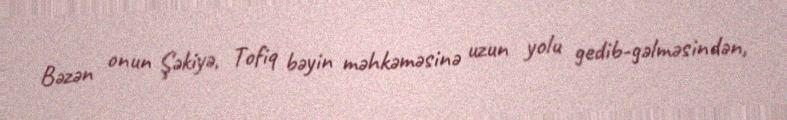
Bəzən onun Şəkiyə, Tofiq bəyin məhkəməsinə uzun yolu gedib-gəlməsindən,